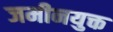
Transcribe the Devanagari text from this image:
जमीनयुक्त